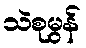
သဲစုမွန်